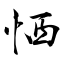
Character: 恓